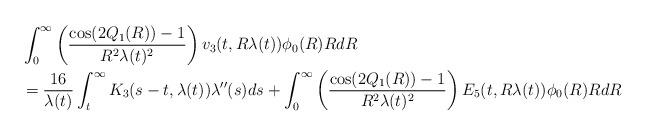
LaTeX: \begin{align*} &\int_{0}^{\infty} \left(\frac{\cos(2Q_{1}(R))-1}{R^{2}\lambda(t)^{2}}\right)v_{3}(t,R\lambda(t)) \phi_{0}(R) R dR\\&= \frac{16}{\lambda(t)} \int_{t}^{\infty} K_{3}(s-t,\lambda(t)) \lambda''(s) ds + \int_{0}^{\infty} \left(\frac{\cos(2Q_{1}(R))-1}{R^{2}\lambda(t)^{2}}\right)E_{5}(t,R\lambda(t)) \phi_{0}(R) R dR\end{align*}